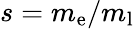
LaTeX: s=m_{\mathrm{e}}/m_{\mathrm{l}}